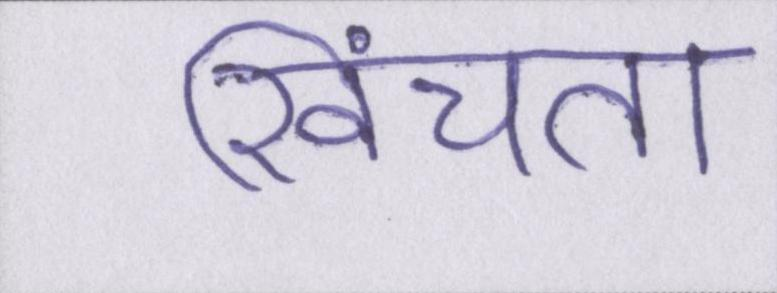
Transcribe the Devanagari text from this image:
खिंचता